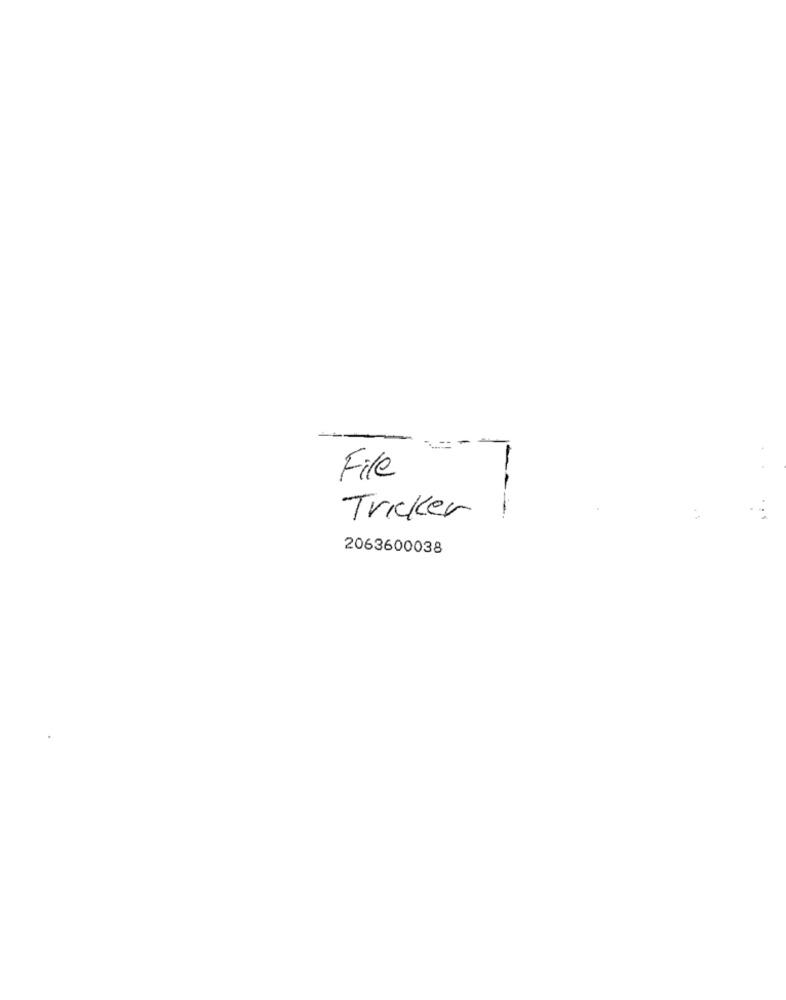
File
Tricker
-
2063600038